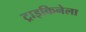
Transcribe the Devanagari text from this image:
ट्राइकिनेला